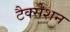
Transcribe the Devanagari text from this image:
टैक्सेशन